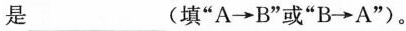
是 ___(填”A\to B”或”B \to A”)。